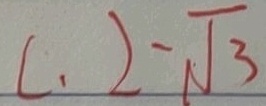
C . 2 - \sqrt { 3 }